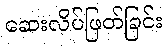
ဆေးလိပ်ဖြတ်ခြင်း